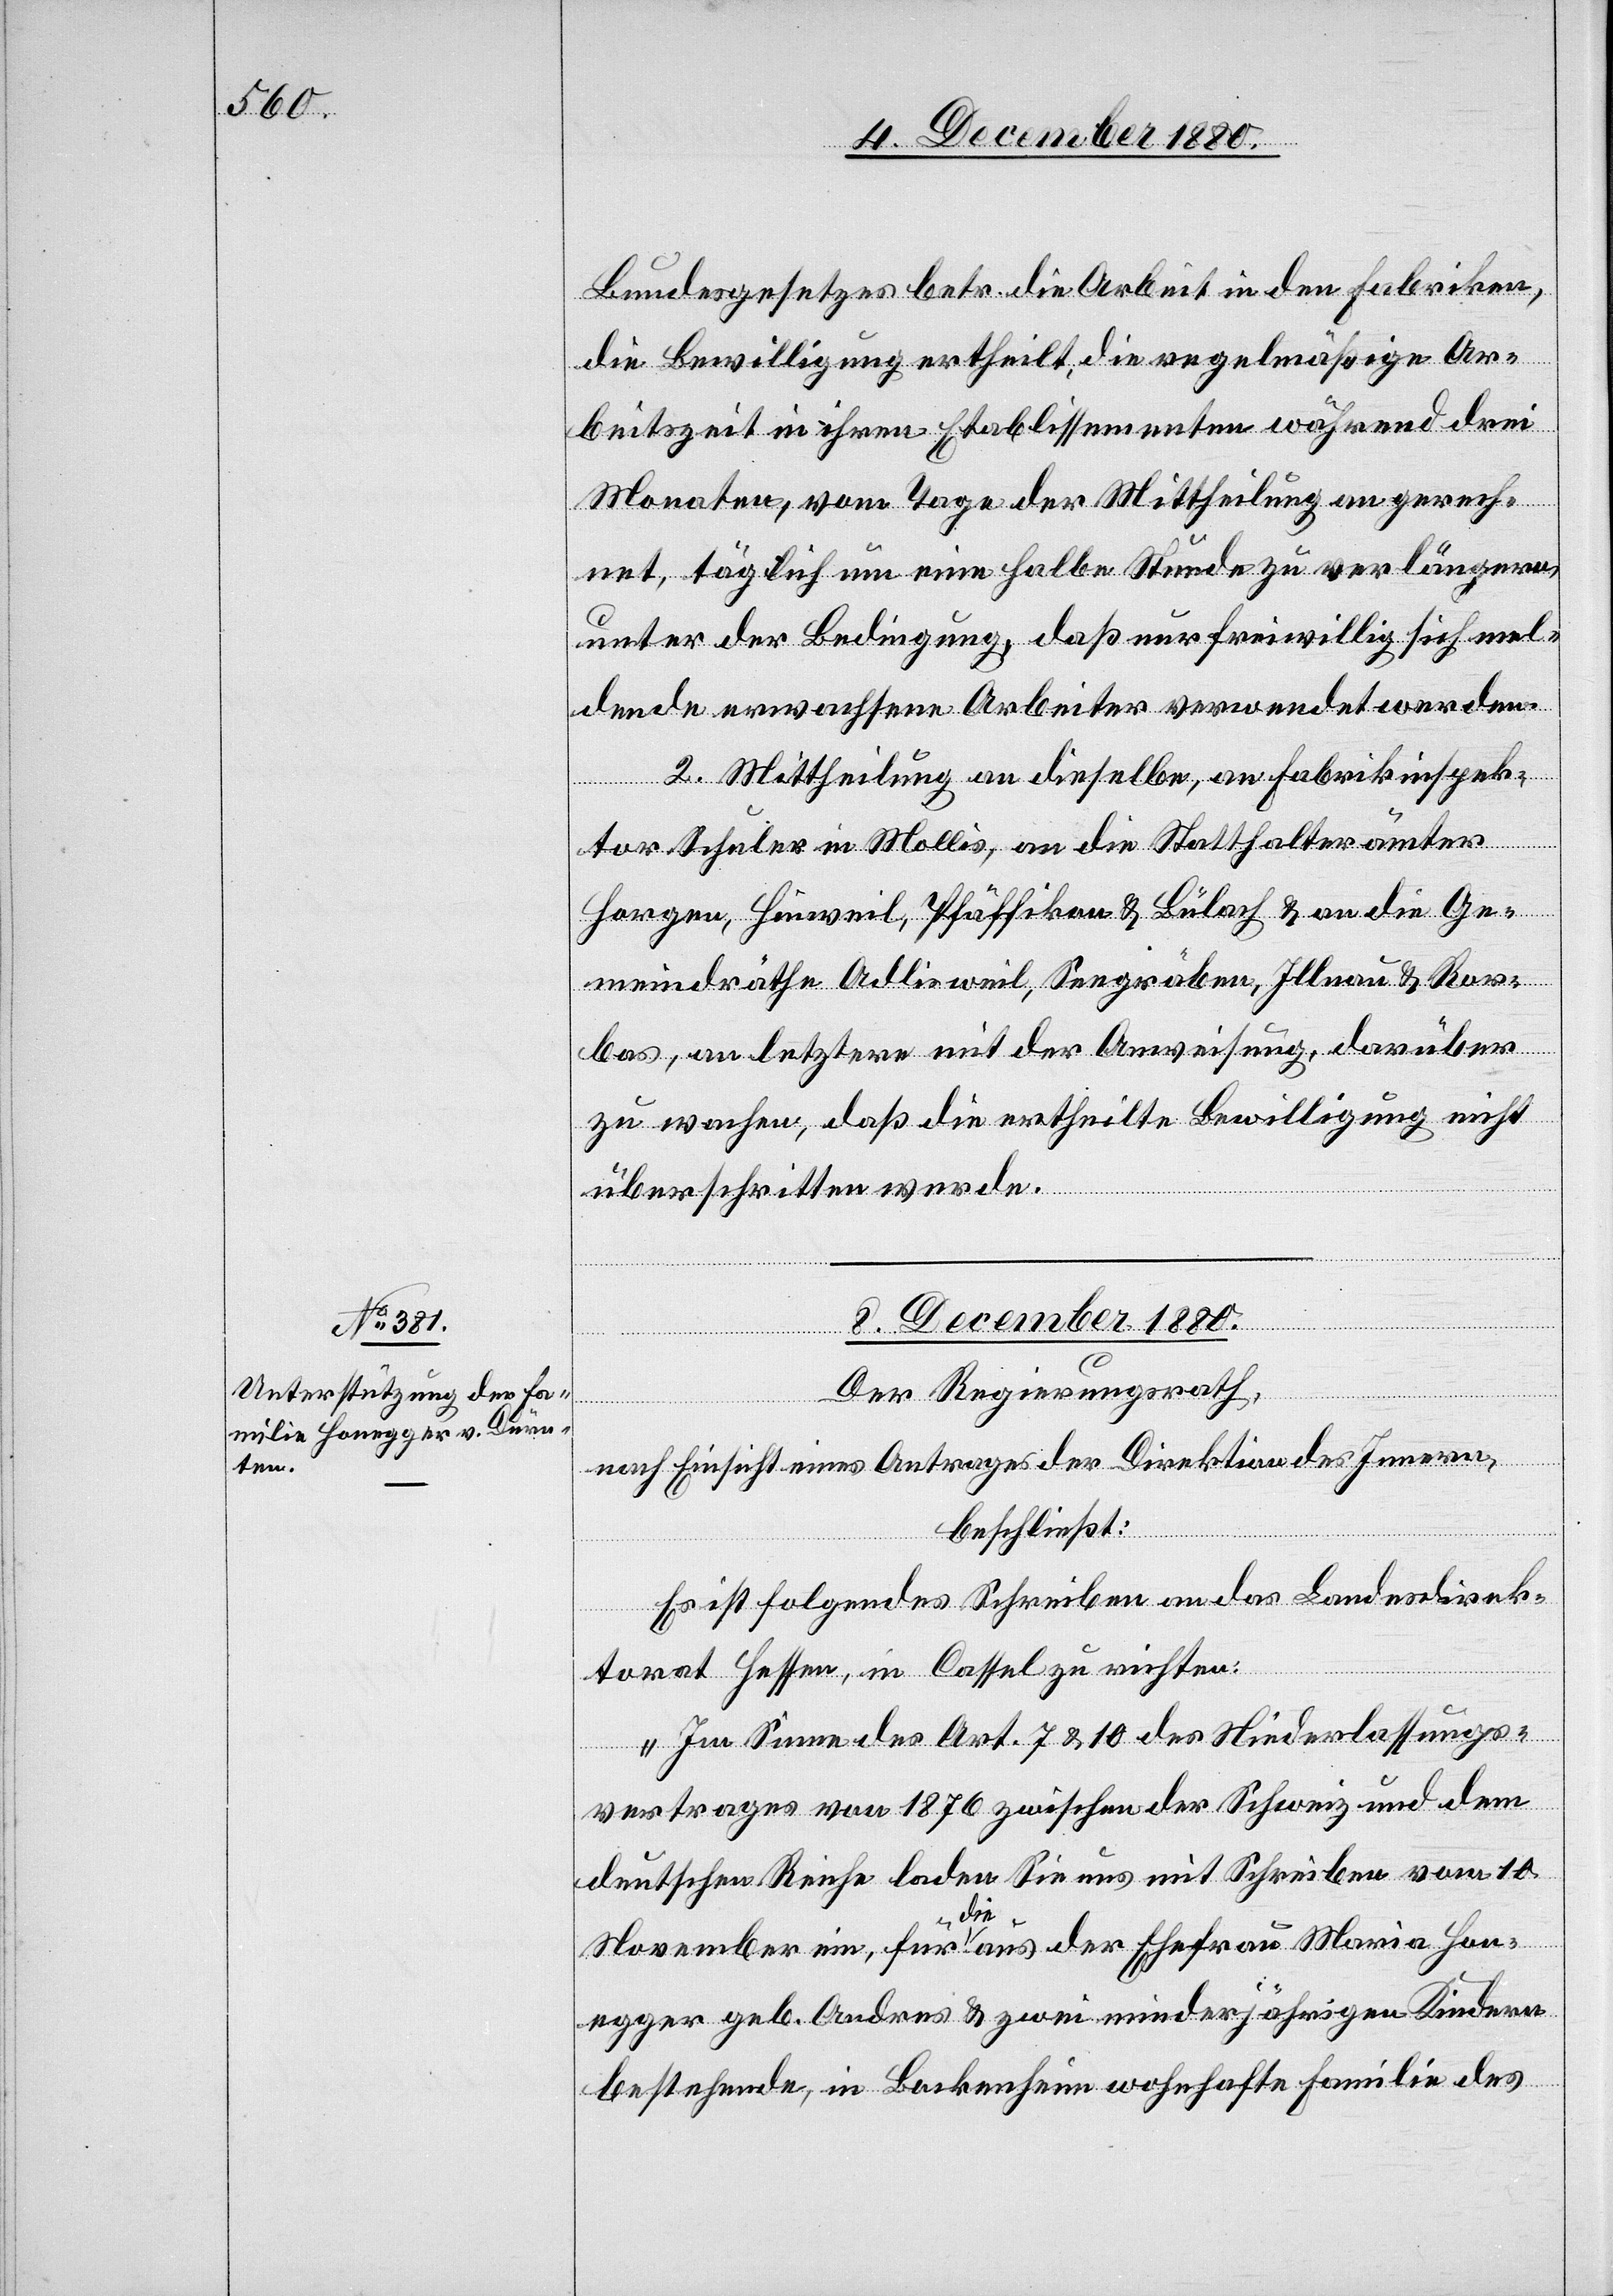
Bundesgesetzes betr. die Arbeit in den Fabriken,
die Bewilligung ertheilt, die regelmäßige Ar¬
beitszeit in ihren Etablissementen während drei
Monaten, vom Tage der Mittheilung an gerech¬
net, täglich um eine halbe Stunde zu verlängern,
unter der Bedingung, daß nur freiwillig sich mel¬
dende erwachsene Arbeiter verwendet werden.
2. Mittheilung an dieselben, an Fabrikinspek¬
Seegräben,
tor Schuler in Mollis, an die Statthalterämter
bas, an letztere mit der Anweisung, darüber
zu wachen, daß die ertheilte Bewilligung nicht
überschritten werde.
8. December 1880.
Der Regierungsrath,
Ror¬
nach Einsicht eines Antrages der Direktion des Innern,
beschließt:
Es ist folgendes Schreiben an das Landesdirek¬
torart Hessen, in Cassel zu richten:
„Im Sinne des Art. 7 & 10 des Niederlassungs¬
vertrages von 1876 zwischen der Schweiz und dem
deutschen Reiche laden Sie uns mit Schreiben vom 10.
November ein, für die aus der Ehefrau Maria Hon¬
egger geb. Andres & zwei minderjährigen Kindern
bestehende, in Bockenheim wohnhafte Familie des